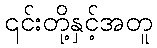
၎င်းတို့နှင့်အတူ